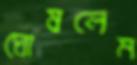
ঘোষলেম